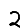
Digit: 2